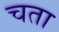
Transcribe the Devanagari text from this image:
चता